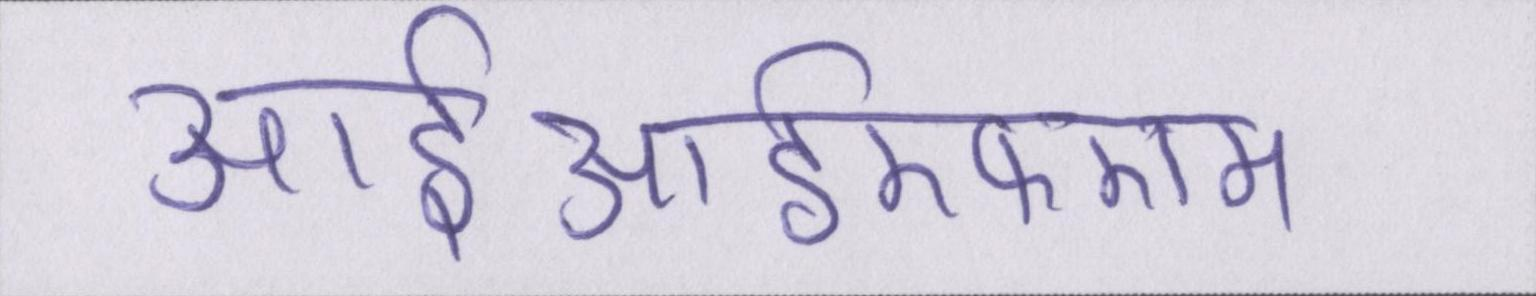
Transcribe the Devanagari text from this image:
आईआईएफएम